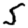
Digit: 5